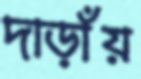
দাড়াঁয়